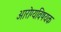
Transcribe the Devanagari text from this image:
अारोग्यविषयक